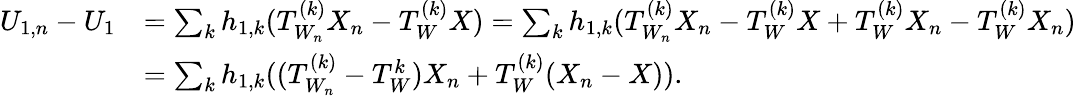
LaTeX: \begin{array}{rl}{U_{1,n}-U_{1}}&{=\sum_{k}h_{1,k}(T_{W_{n}}^{(k)}X_{n}-T_{W}^{(k)}X)=\sum_{k}h_{1,k}(T_{W_{n}}^{(k)}X_{n}-T_{W}^{(k)}X+T_{W}^{(k)}X_{n}-T_{W}^{(k)}X_{n})}\\ &{=\sum_{k}h_{1,k}((T_{W_{n}}^{(k)}-T_{W}^{k})X_{n}+T_{W}^{(k)}(X_{n}-X)).}\end{array}